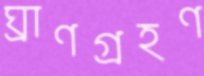
ঘ্রাণগ্রহণ